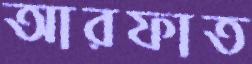
আরফাত